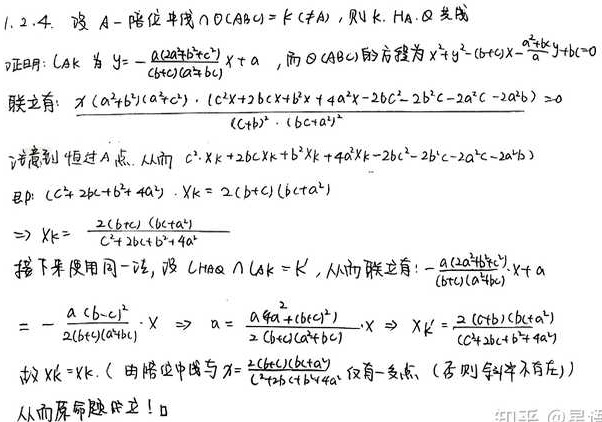
1. 2. 4. 设 \(A -\)陪位中线 \(AD\cap\odot ABC = K(\neq A)\)，则 \(K - HA -\) 共轭
证明：\(AK\) 为 \(y =-\frac{a(2a^{2}+b^{2}+c^{2})}{(b + c)(a^{2}+bc)}x + a\)，而 \(\odot ABC\) 的方程为 \(x^{2}+y^{2}-(b + c)x-\frac{a^{2}+b^{2}+c^{2}}{2}y + bc = 0\)
联立有：\(\frac{x(a^{2}+b^{2})(a^{2}+c^{2})\cdot[(c^{2}x + 2bcx + b^{2}x+4a^{2}x-2bc^{2}-2b^{2}c - 2a^{2}c - 2a^{2}b)]}{(b + c)^{2}\cdot(bc + a^{2})^{2}}=0\)
注意到恒过 \(A\) 点，从而 \((c^{2}+2bc + b^{2}+4a^{2})x = 2(b + c)(bc + a^{2})\)
\(\Rightarrow x_{K}=\frac{2(b + c)(bc + a^{2})}{c^{2}+2bc + b^{2}+4a^{2}}\)
接下来使用同一法，设 \(H\alpha\cap AK = K'\)，从而联立有：\(-\frac{a(2a^{2}+b^{2}+c^{2})}{(b + c)(a^{2}+bc)}x + a\)
\(=-\frac{a(b - c)^{2}}{2(b + c)(a^{2}+bc)}x\Rightarrow a=\frac{a[4a^{2}+(b + c)^{2}]}{2(b + c)(a^{2}+bc)}x\Rightarrow x_{K'}=\frac{2(b + c)(bc + a^{2})}{c^{2}+2bc + b^{2}+4a^{2}}\)
故 \(x_{K}=x_{K'}\)（由陪位中线与 \(x=\frac{2(b + c)(bc + a^{2})}{c^{2}+2bc + b^{2}+4a^{2}}\) 仅有一交点，否则斜率不存在）
从而原命题成立！